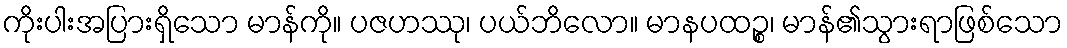
ကိုးပါးအပြားရှိသော မာန်ကို။ ပဇဟဿု၊ ပယ်ဘိလော။ မာနပထဉ္စ၊ မာန်၏သွားရာဖြစ်သော